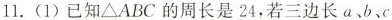
11.(1)已知\triangleABC的周长是24，若三边长a、b、c